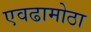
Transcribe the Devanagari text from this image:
एवढामोठा